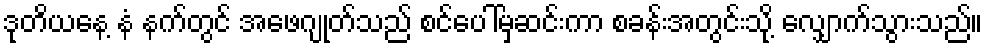
ဒုတိယနေ့ နံ နက်တွင် အဖေဂျုတ်သည် စင်ပေါ်မှဆင်းကာ စခန်းအတွင်းသို့ လျှောက်သွားသည်။